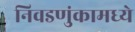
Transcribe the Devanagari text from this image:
निवडणुंकामध्ये